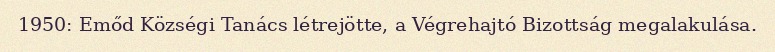
1950: Emőd Községi Tanács létrejötte, a Végrehajtó Bizottság megalakulása.